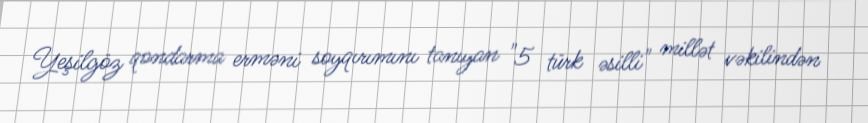
Yeşilgöz qondarma erməni soyqırımını tanıyan "5 türk əsilli" millət vəkilindən